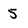
Character: 5